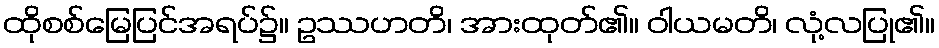
ထိုစစ်မြေပြင်အရပ်၌။ ဥဿဟတိ၊ အားထုတ်၏။ ဝါယမတိ၊ လုံ့လပြု၏။